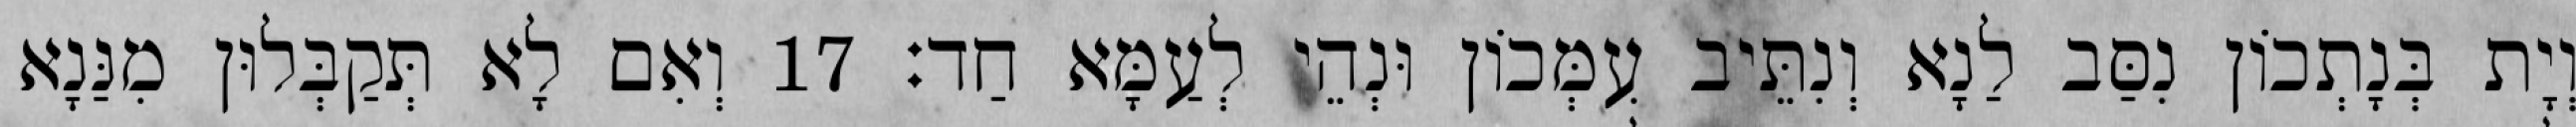
וְיָת בְּנָתְכוֹן נִסַּב לַנָא וְנִתֵּיב עִמְּכוֹן וּנְהֵי לְעַמָּא חַד׃ 17 וְאִם לָא תְּקַבְּלוּן מִנַּנָא